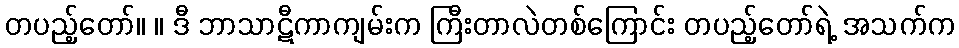
တပည့်တော်။ ။ ဒီ ဘာသာဋီကာကျမ်းက ကြီးတာလဲတစ်ကြောင်း တပည့်တော်ရဲ့ အသက်က